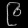
Digit: ၉